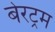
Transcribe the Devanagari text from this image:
बेरट्रम